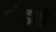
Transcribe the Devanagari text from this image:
पाँडवों